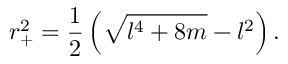
r _ { + } ^ { 2 } = \frac { 1 } { 2 } \left( \sqrt { l ^ { 4 } + 8 m } - l ^ { 2 } \right) .